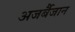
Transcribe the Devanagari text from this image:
अजर्बैजान